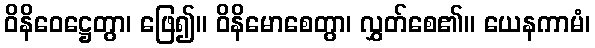
ဝိနိဝေဋ္ဌေတွာ၊ ဖြေ၍။ ဝိနိမောစေတွာ၊ လွှတ်စေ၏။ ယေနကာမံ၊